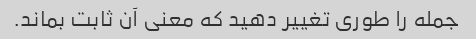
جمله را طوری تغییر دهید که معنی آن ثابت بماند.